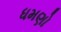
ધમણો